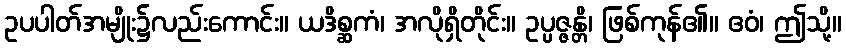
ဥပပါတ်အမျိုး၌လည်းကောင်း။ ယဒိစ္ဆကံ၊ အလိုရှိတိုင်း။ ဥပ္ပဇ္ဇန္တိ၊ ဖြစ်ကုန်၏။ ဧဝံ၊ ဤသို့။